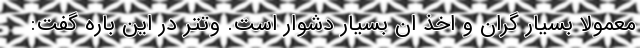
معمولا بسیار گران و اخذ ان بسیار دشوار است. وتتر در این باره گفت: